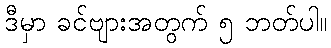
ဒီမှာ ခင်ဗျားအတွက် ၅ ဘတ်ပါ။